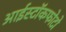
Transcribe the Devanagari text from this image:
आईस्टॉकफोटो